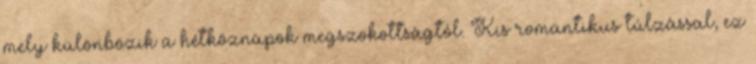
mely különbözik a hétköznapok megszokottságtól. Kis romantikus túlzással, ez